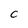
Character: C